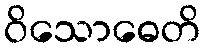
ဝိသောဓေတိ